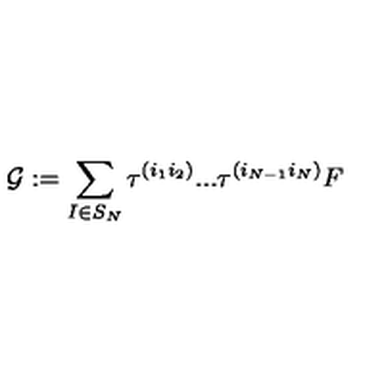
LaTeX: { \cal { G } } : = \sum _ { I \in S _ { N } } \tau ^ { ( i _ { 1 } i _ { 2 } ) } . . . \tau ^ { ( i _ { N - 1 } i _ { N } ) } F